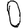
Digit: 0